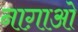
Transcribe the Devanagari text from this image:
नाग़ाओ